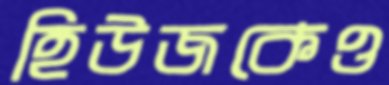
হিউজকেও